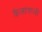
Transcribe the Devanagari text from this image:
कैलाशजी